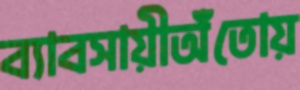
ব্যাবসায়ীঅঁতোয়